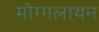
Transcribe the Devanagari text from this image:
मोग्गलायन